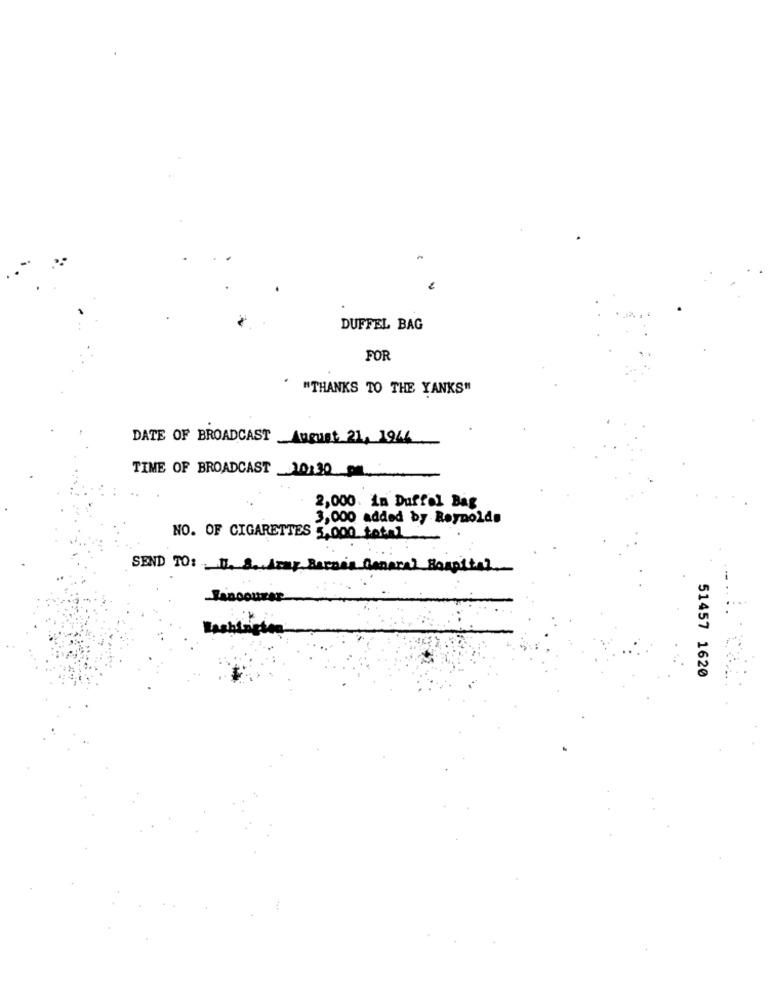
DUFFEL BAG
FOR
"THANKS TO THE YANKS"
DATE OF BROADCAST August 21, 1946
TIME OF BROADCAST 20:30
2,000. in Duffel Bag
3,000 added by Reynolds
NO. OF CIGARETTES 5.000 total
SEND TO: I. S. Army Recaia General Hospital.
51457 1620